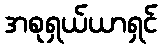
အစုရှယ်ယာရှင်